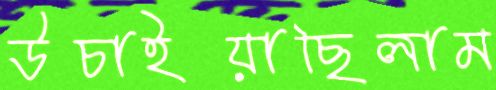
উচাইয়াছিলাম